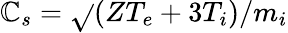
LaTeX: \mathbb{C}_{s}=\sqrt{}{{(ZT_{e}+3T_{i})/m_{i}}}